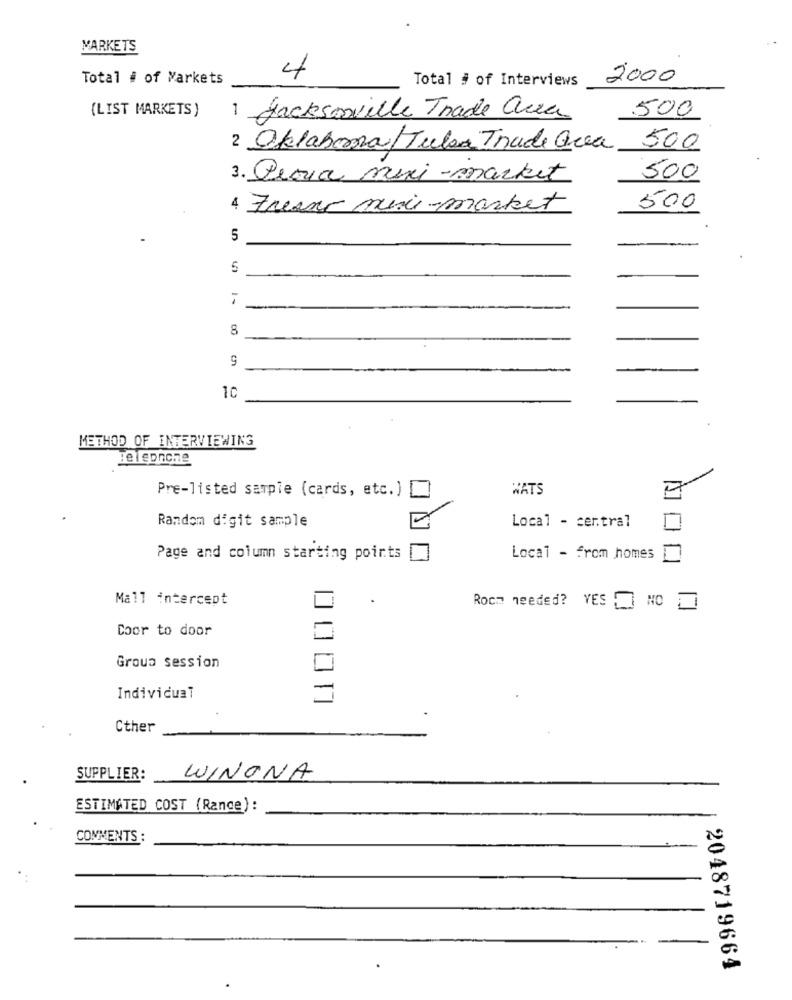
MARKETS
Total # of Markets
4
Total # of Interviews
2000
(LIST MARKETS )
500
1 Jacksonville Trade area
2 Oklahoma/Tuba Trade area
500
3. Peria mini-market
500
4 Freaks mini-market
500
5
7
8
1C
METHOD OF INTERVIEWING
:eleonche
Pre-listed sample (cards, etc.)
WATS
Random digit sample
Local - central
Page and column starting points
Local - from homes
Mall intercept
Rocz needed? YES
Door to door
Groua session
Individual
Cther
SUPPLIER:
WINONA
ESTIMATED COST (Range):
COMMENTS :
2048719664